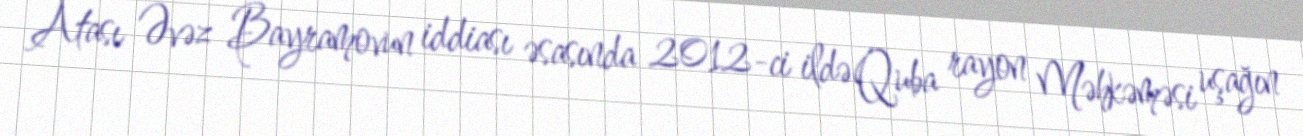
Atası Əvəz Bayramovun iddiası əsasında 2012-ci ildə Quba rayon Məhkəməsi uşağın